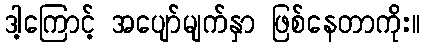
ဒါ့ကြောင့် အပျော်မျက်နှာ ဖြစ်နေတာကိုး။